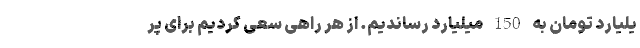
یلیارد تومان به 150 میلیارد رساندیم. از هر راهی سعی کردیم برای پر